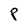
Character: P